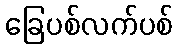
ခြေပစ်လက်ပစ်